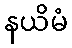
နယိမံ